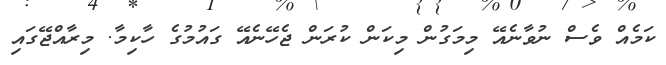
ކަމެއް ވެސް ނުވާނެއޭ މިމަގުން މިކަން ކުރަން ޖެހޭނެއޭ ގައުމުގެ ހާކިމާ. މިރާއްޖޭގައި